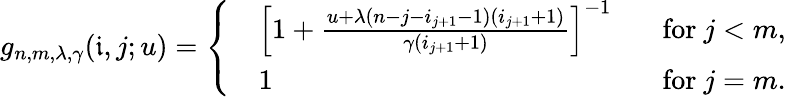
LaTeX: g_{n,m,\lambda,\gamma}(\mathfrak{i},j;u)=\left\{ \begin{array}{ll}{\begin{array}{rlr}&{\left[1+\frac{u+\lambda(n-j-i_{j+1}-1)(i_{j+1}+1)}{\gamma(i_{j+1}+1)}\right]^{-1}\; \; }&{\mathrm{~for~}j<m,}\\ &{1\; \; }&{\mathrm{~for~}j=m.}\end{array}}\end{array}\right.